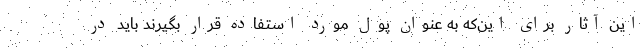
این آثار برای این‌که به عنوان پول مورد استفاده قرار بگیرند باید در